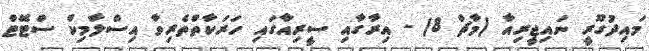
މައިދުގޫރީ ނައިޖީރިއާ (މާޗް 8) - އިރާގާއި ސީރިއާގައި ހަރަކާތްތެރިވާ އިސްލާމިކް ސްޓޭޓް